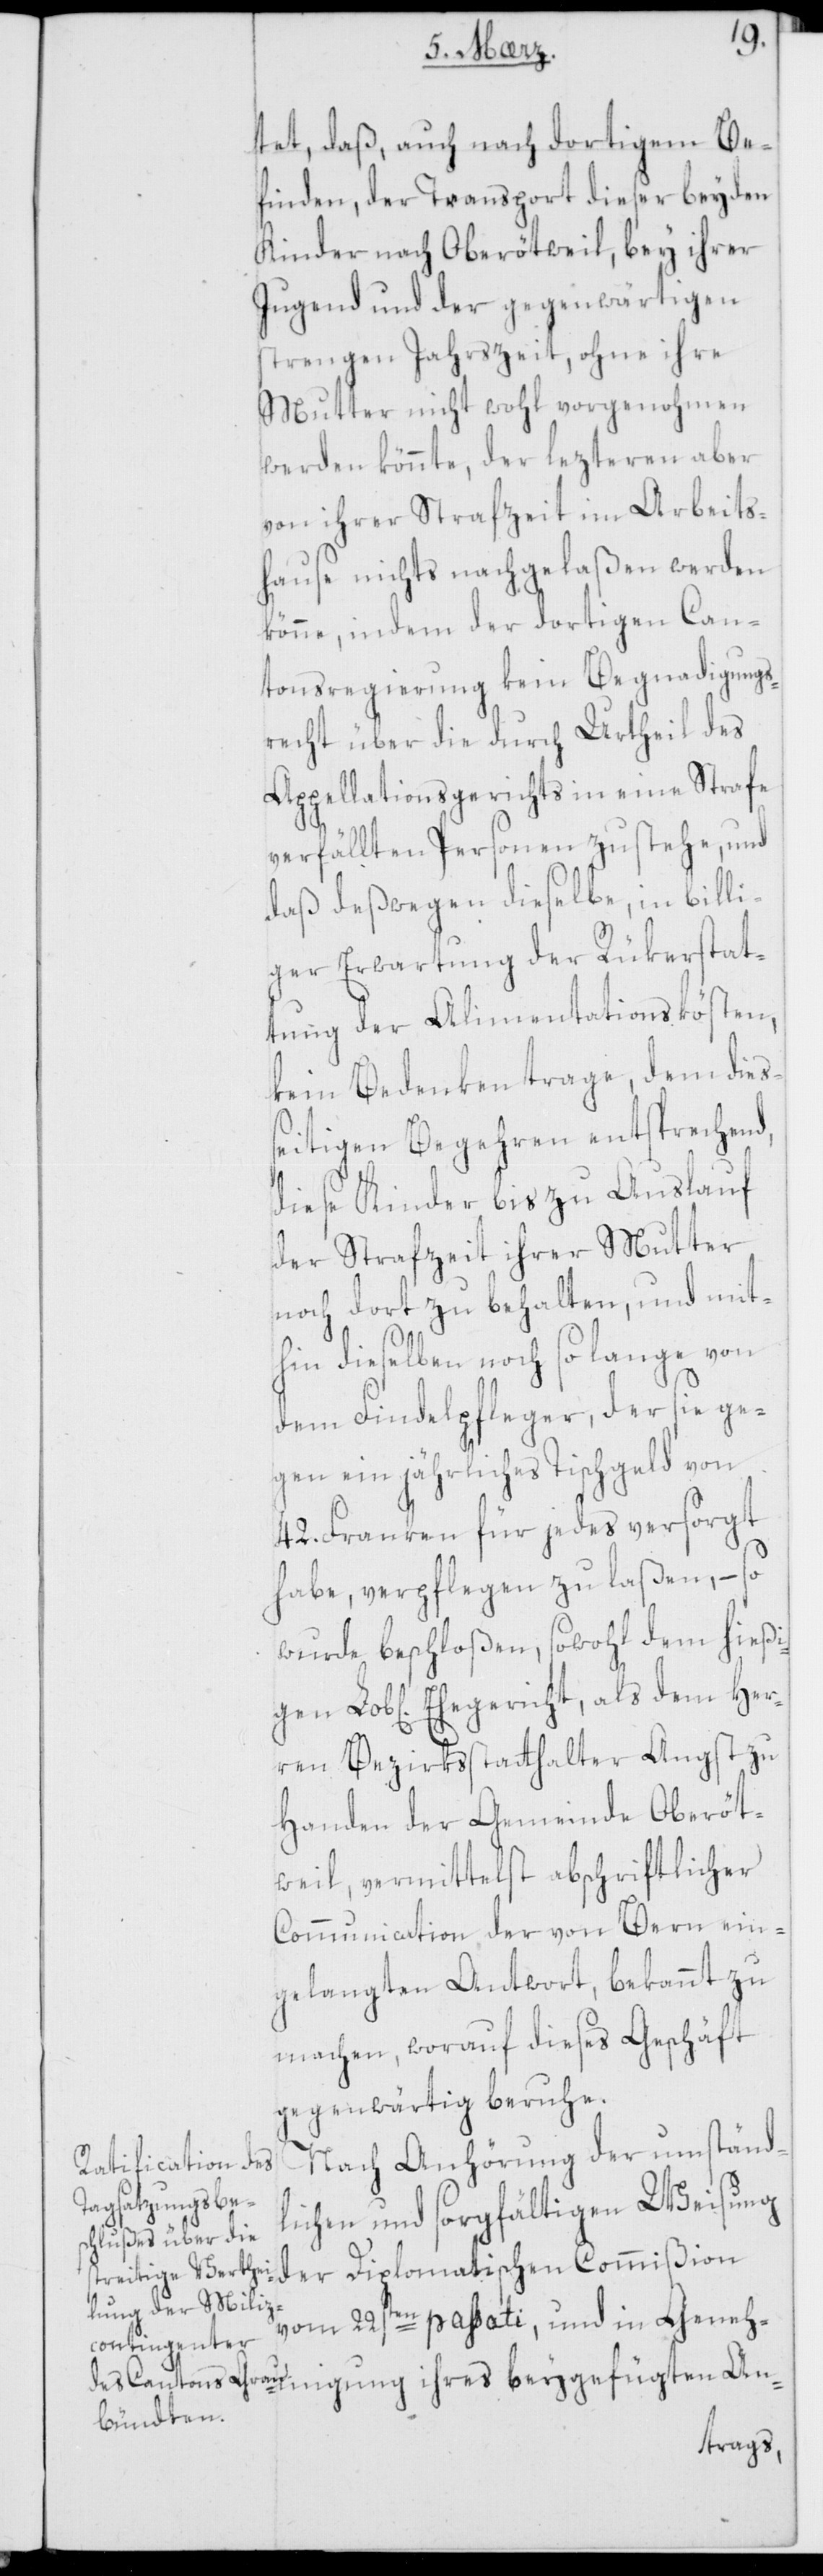
He¬
tet, daß, auch nach dortigem Be¬
finden, der Transport dieser beyden
Kinder nach Oberötweil, bey ihrer
Jugend und der gegenwärtigen
strengen Jahrszeit, ohne ihre
Mutter nicht wohl vorgenohmen
werden könnte, der lezteren aber
von ihrer Strafzeit im Arbeits¬
hause nichts nachgelaßen werden
könne, indem der dortigen Can¬
tonsregierung kein Begnadigungs¬
recht über die durch Urtheil des
Appellationsgerichts in eine Strafe
verfällten Personen zustehe, und
daß deßwegen dieselbe, in billi¬
ger Erwartung der Rükerstat¬
tung der Alimentationskösten,
kein Bedenken trage, dem dieß¬
eitigen Begehren entsprechend,
diese Kinder bis zu Auslauf
der Strafzeit ihrer Mutter
noch dort zu behalten, und mit¬
hin dieselben noch so lange von
dem Findelpfleger, der sie ge¬
gen ein jährliches Tischgeld von
42. Franken für jedes versorgt
habe, verpflegen zu laßen, – so
wurde beschloßen, sowohl dem hießi¬
rren Bezirksstatthalter Angst zu
Handen der Gemeinde Oberöt¬
weil, vermittelst abschriftlicher
Communication der von Bern ein¬
gelangten Antwort, bekannt zu
machen, worauf dieses Geschäft
gegenwärtig beruhe.
Nach Anhörung der umständ¬
lichen und sorgfältigen Weisung
der Diplomatischen Commißion
vom 22sten passati, und in Geneh¬
migung ihres beygefügten An-